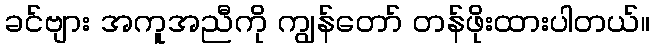
ခင်ဗျား အကူအညီကို ကျွန်တော် တန်ဖိုးထားပါတယ်။